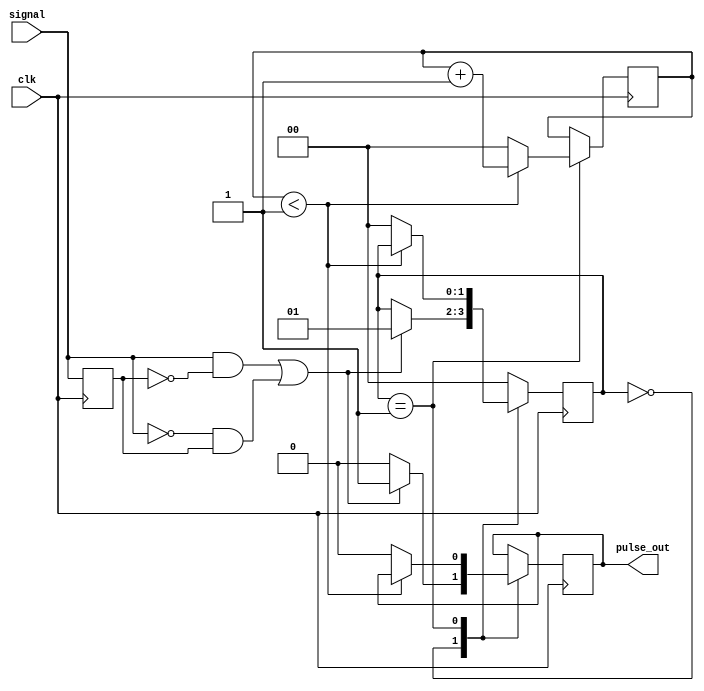
module pulse_edge_detector (
    input wire signal,    // Digital input signal
    input wire clk,       // Clock signal
    output reg pulse_out  // Output pulse signal
);

    // Registers to hold the current and previous state of the signal
    reg prev_signal;

    // Parameter for pulse width (in clock cycles)
    parameter PULSE_WIDTH = 2; // Adjustable pulse width

    // State machine counter
    reg [1:0] pulse_gen_state;  // State variable for pulse generation
    localparam IDLE = 2'b00,   // Idle state
               PULSE_HIGH = 2'b01, // Generating a pulse
               PULSE_LOW = 2'b10;  // Transitioning back to low

    // Edge detection and pulse generation
    always @(posedge clk) begin
        // Update previous state
        prev_signal <= signal;

        // State machine for pulse generation
        case (pulse_gen_state)
            IDLE: begin
                pulse_out <= 0; // Ensure pulse is low
                if ((signal == 1 && prev_signal == 0) || (signal == 0 && prev_signal == 1)) begin
                    // Detected edge
                    pulse_out <= 1; // Start pulse
                    pulse_gen_state <= PULSE_HIGH; // Move to high state
                end
            end
            
            PULSE_HIGH: begin
                if (pulse_width_counter < PULSE_WIDTH - 1) begin
                    pulse_width_counter <= pulse_width_counter + 1;
                end else begin
                    pulse_out <= 0; // End pulse
                    pulse_gen_state <= IDLE; // Go back to idle state
                    pulse_width_counter <= 0; // Reset counter
                end
            end
            
            default: begin
                pulse_gen_state <= IDLE; // Default case safety
            end
        endcase
    end

    // Pulse width counter
    reg [1:0] pulse_width_counter; // Counter for pulse duration

    // Initialize the state on reset
    initial begin
        pulse_out = 0;
        prev_signal = 0;
        pulse_gen_state = IDLE;
        pulse_width_counter = 0;
    end

endmodule